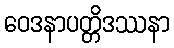
ဝေဒနာပတ္တိဒဿနာ